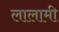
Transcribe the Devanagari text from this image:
लालामी